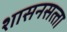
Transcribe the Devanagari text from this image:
शासनसत्‍ता